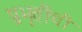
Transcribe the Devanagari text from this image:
प्रभृतींची